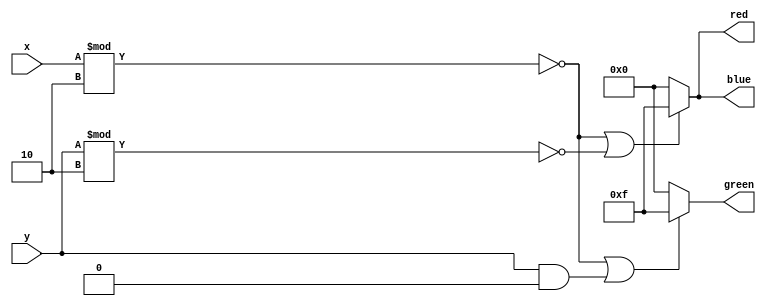
module gridPattern(
input [9:0] x,
input [9:0] y,
output reg [3:0] red,
output reg [3:0] green,
output reg [3:0] blue
);
always @(x||y)
begin
	red <= (x%2==0 || y%2==0) ? 4'hF : 0;
	green <= (x%2==0 || y&2==0) ? 4'hF : 0;
	blue <= (x%2==0 || y%2==0) ? 4'hF : 0;
end
endmodule